Serum-therapy of plague in India - Number 20
Disease focus: Plague
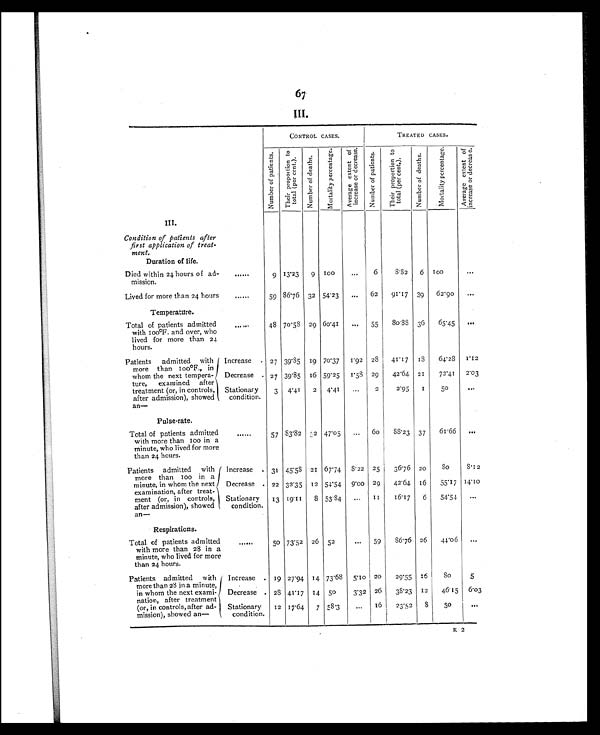
6 7 .
CONTROL CASES.
TREATED CASES.
Number of patients.
T h e i r p r o p o t i o n t o t o t a l ( p e r c e n t . )
N u m b e r o f d e a t h s
M o r a l i t y p e r c e n t a g e .
A v e r a g e e x t e n t o f i n c r e a s e o r d e c r e a s e .
N u m b e r o f p a t i e n t s .
T h e i r p t o p o t i o n t o t o t a l ( p e r c e n t . )
N u m b e r o f d e a t h
M o r a l i t y p e r c e n t a g e .
A v e r a g e e x t e n t o f i n c r e a s e o r d e c r e a s e .
III .
Condition of patients after
first application of treat-
ment.
Duration of life.
Died within 24 hours of ad-
mission.
......
9 13.23
9 10
. . .
6
8 .82
6
1 0 0
. . .
Lived for more than 24 hours
......
59 86.76 32 54.23
...
62
91.17 39
62.90
...
Temperature.
Total of patients admitted
with 100ºF. and over, who
lived for more than 24
hours.
......
48 70 . 58 29 6o.41
...
55
80.88 36
65.45
...
Patients admitted with
more than 100°F., in
whom the next tempera-
ture, examined
after
treatment (or, in controls,
after admission), showed
an—
Increase
27 39.85 19 70.37
1.92 28
41.17
1 8
64.28
1.12
Decrease
27 39.85 16 59.25
1.58 29
42.64
21
72.41
2.03
Stationary
condition.
3
4.41
2
4.41
. . .
2
2.95
1
5 0
. . .
Pulse rate.
Total of patients admitted
with more than 100 in a
minute, who lived for more
than 24 hours.
......
57 83.82
8 2
47.05
...
6 0
88.23 37
61.66
...
Patients admitted with
more than too in a
minute, in whom the next
examination, after treat
ment (or, in controls,
after admission), showed
an—
Increase
31
45.58 21 61.74 8.22 25
36.76
20
8 0
8 . 1 2
Decrease
22 32.35 12 54.54
9.00 29
42.64
16
55.17 14.10
Stationary
condition.
13 19.11
8 53 84
...
1 1
16.17
6
54.54
. . .
Respirations.
Total of patients admitted
with more than 28 in a
minute, who lived for more
than 24 hours.
......
5o 73.52 26 52
...
59
86.76 26
44.06
...
Patients admitted with
more than 28 in a minute,
in whom the next exami-
nation, after treatment
(or, in controls, after ad-
mission), showed an—
Increase
19 27.94 14 73.68
5.10 20
29 .55 16
8 0
5
Decrease
28 41.17 14 50
3.32
26
38.23
12
46.15
6.03
Stationary
condition.
12
17.64
7 58.3
...
16
23.52
8
50
. . .